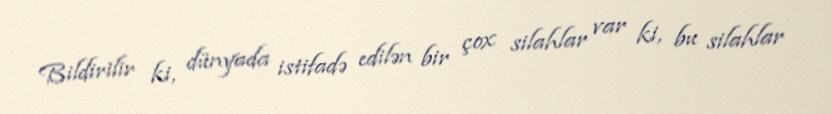
Bildirilir ki, dünyada istifadə edilən bir çox silahlar var ki, bu silahlar